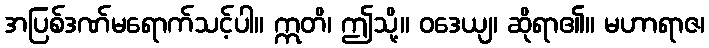
အပြစ်ဒဏ်မရောက်သင့်ပါ။ ဣတိ၊ ဤသို့။ ဝဒေယျ၊ ဆိုရာ၏။ မဟာရာဇ၊